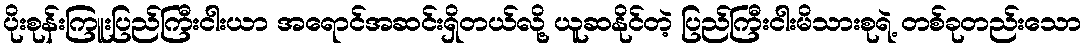
ပိုးစုန်းကြူးပြည်ကြီးငါးယာ အရောင်အဆင်းရှိတယ်လို့ ယူဆနိုင်တဲ့ ပြည်ကြီးငါးမိသားစုရဲ့ တစ်ခုတည်းသော